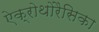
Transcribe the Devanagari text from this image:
ऐक्रोथोरैसिका